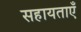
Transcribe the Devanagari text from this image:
सहायताएँ